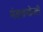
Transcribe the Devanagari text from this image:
मंडपाभोवती